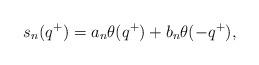
LaTeX: \begin{align*}s_{n}(q^{+})=a_{n}\theta(q^{+})+b_{n}\theta(-q^{+}), \end{align*}